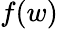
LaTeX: f(w)